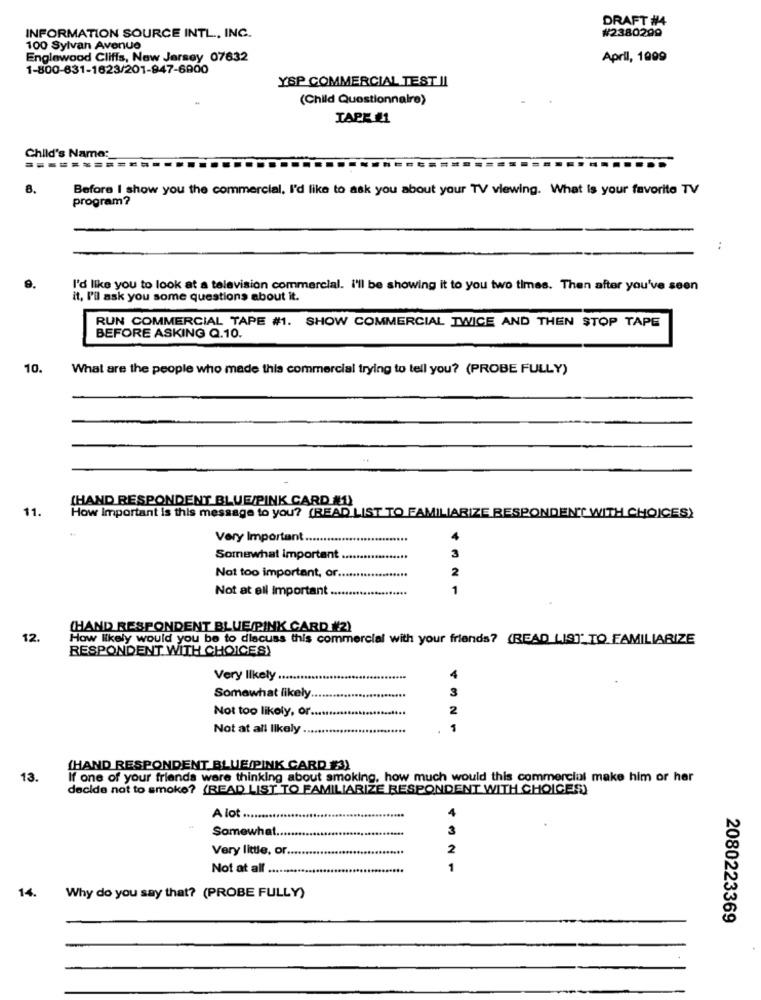
DRAFT #4
INFORMATION SOURCE INTL ., INC.
#2380299
100 Sylvan Avenue
Englewood Cliffs, New Jersey 07632
April, 1099
1-800-631-1623/201-947-6900
YSP COMMERCIAL TEST II
(Child Questionnaire)
TAPE 41
Child's Name:
======
8.
Before I show you the commercial, I'd like to ask you about your TV viewing. What is your favorite TV
program?
..
I'd like you to look at a television commercial. I'll be showing it to you two times. Then after you've seen
it, I'll ask you some questions about it.
RUN COMMERCIAL TAPE #1. SHOW COMMERCIAL TWICE AND THEN STOP TAPE
BEFORE ASKING Q.10.
10.
What are the people who made this commercial trying to tell you? (PROBE FULLY)
(HAND RESPONDENT BLUE/PINK CARD #1)
11.
How Important is this message to you? (READ LIST TO FAMILIARIZE RESPONDENT WITH CHOICES)
Very Important.
Somewhat important
2
Not too important, or.
Not at all Important.
1
4 321
CHAND RESPONDENT BLUE/PINK CARD #2)
12.
How likely would you be to discuss this commercial with your friends? (READ_LIST' TO FAMILIARIZE
RESPONDENT WITH CHOICES!
Very likely ..............
4
3
Somewhat likely.
Not too likely, or ....
2
Not at all likely
1
(HAND RESPONDENT BLUE/PINK CARD #3)
13.
If one of your friends were thinking about smoking, how much would this commercial make him or her
decide not to smoke? (READ LIST TO FAMILIARIZE RESPONDENT WITH CHOICES)
A lot .....
Somewhat ..
3
Very little, or ...
2
Not at all ..
1
14. Why do you say that? (PROBE FULLY)
2080223369